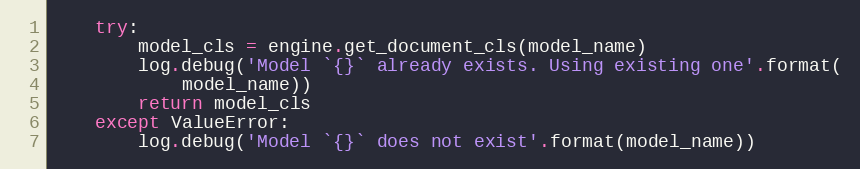
Language: Python
    try:
        model_cls = engine.get_document_cls(model_name)
        log.debug('Model `{}` already exists. Using existing one'.format(
            model_name))
        return model_cls
    except ValueError:
        log.debug('Model `{}` does not exist'.format(model_name))